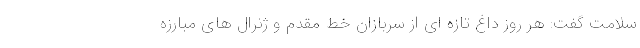
سلامت گفت: هر روز داغ تازه ای از سربازان خط مقدم و ژنرال های مبارزه